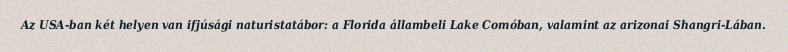
Az USA-ban két helyen van ifjúsági naturistatábor: a Florida állambeli Lake Comóban, valamint az arizonai Shangri-Lában.